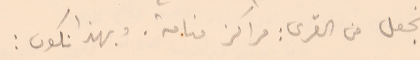
نجعل من القرى: مراكز منامة. وبهذا نكون: